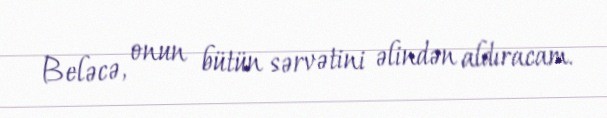
Beləcə, onun bütün sərvətini əlindən aldıracam.